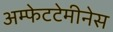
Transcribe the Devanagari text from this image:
अम्फेटटेमीनेस